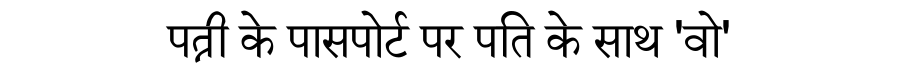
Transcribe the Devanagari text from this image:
पत्नी के पासपोर्ट पर पति के साथ 'वो'